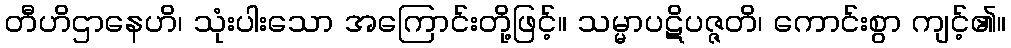
တီဟိဌာနေဟိ၊ သုံးပါးသော အကြောင်းတို့ဖြင့်။ သမ္မာပဋိပဇ္ဇတိ၊ ကောင်းစွာ ကျင့်၏။